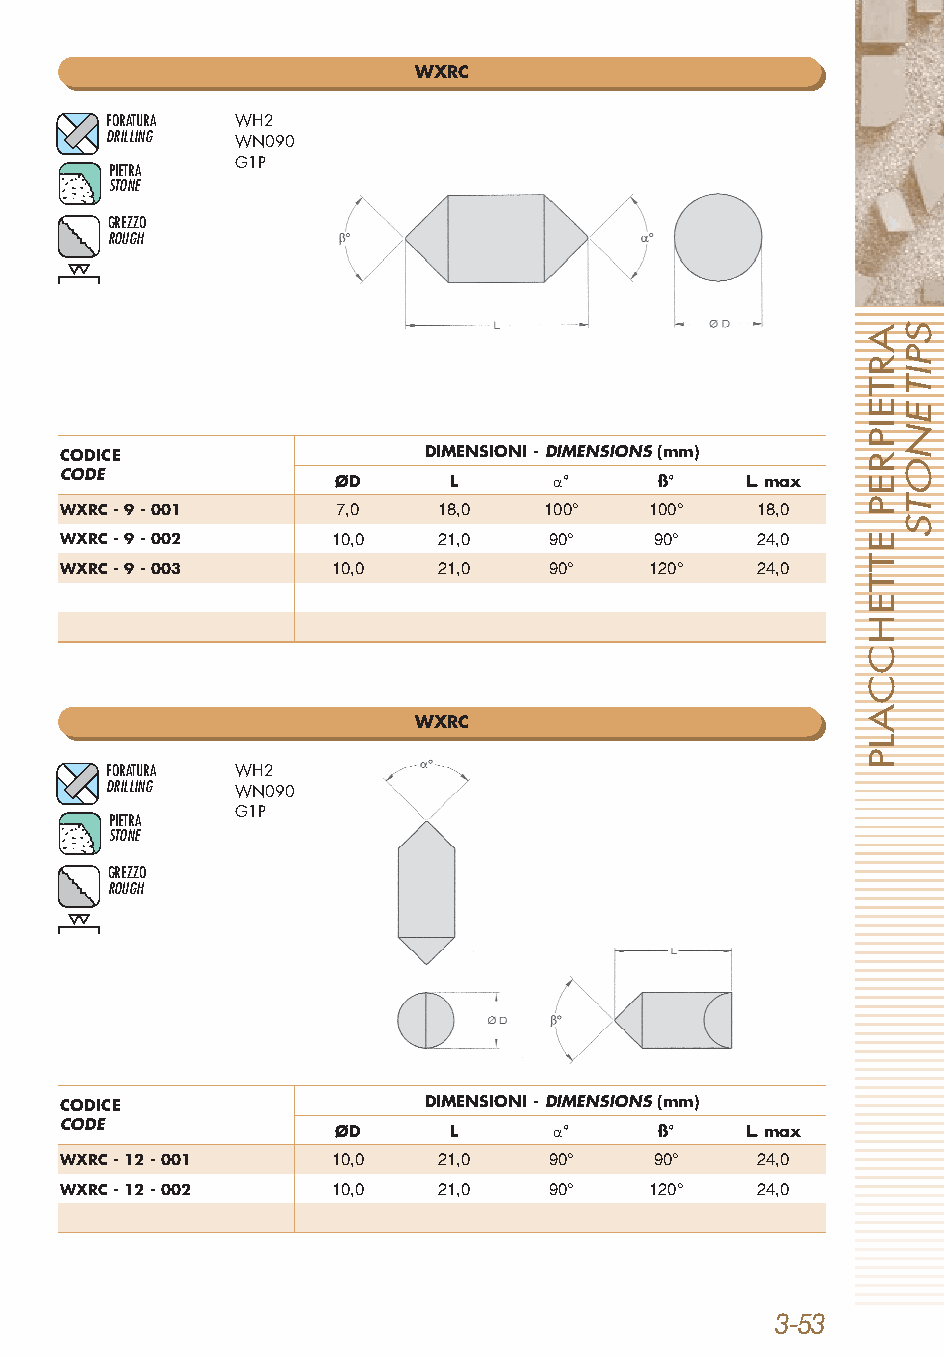
WXRC
 FORATURA WH2
 DRILLING WN090
 G1P
 PIETRA
 STONE
 GREZZO
 ROUGH
 CODICE                  DIMENSIONI - DIMENSIONS(mm)
 CODE
 ØD      L      α°     ß°   L.max
 WXRC - 9 - 001    7,0    18,0   100°   100°   18,0
 WXRC - 9 - 002    10,0   21,0   90°    90°    24,0
 WXRC - 9 - 003    10,0   21,0   90°    120°   24,0
 WXRC
 FORATURA WH2
 DRILLING WN090
 G1P
 PIETRA
 STONE
 GREZZO
 ROUGH
 CODICE                  DIMENSIONI - DIMENSIONS(mm)
 CODE
 ØD      L      α°     ß°   L.max
 WXRC - 12 - 001   10,0   21,0   90°    90°    24,0
 WXRC - 12 - 002   10,0   21,0   90°    120°   24,0
 3-53
 ARTEIPREP
 ETTEHCCALP
 SPITENOTS